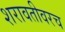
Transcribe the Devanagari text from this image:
शरावतीवरच